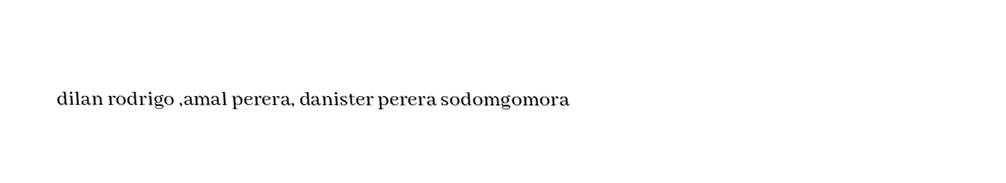
dilan rodrigo ,amal perera, danister perera sodomgomora